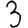
Digit: 3